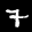
Label: 7